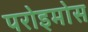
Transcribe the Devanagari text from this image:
परोइमोस